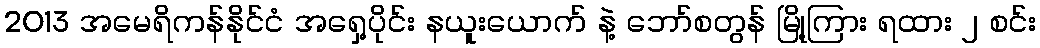
2013 အမေရိကန်နိုင်ငံ အရှေ့ပိုင်း နယူးယောက် နဲ့ ဘော်စတွန် မြို့ကြား ရထား ၂ စင်း